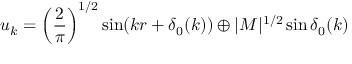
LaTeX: u _ { k } = \left( \frac { 2 } { \pi } \right) ^ { 1 / 2 } \sin ( k r + \delta _ { 0 } ( k ) ) \oplus | M | ^ { 1 / 2 } \sin \delta _ { 0 } ( k )